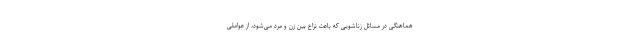
هماهنگی در مسائل زناشویی که باعث نزاع بین زن و مرد می‌شود، از عواملی